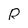
Character: R